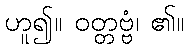
ဟူ၍။ ဝတ္တဗ္ဗံ၊ ၏။